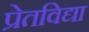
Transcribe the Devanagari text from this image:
प्रेतविद्या